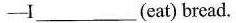
-I_______(eat) bread.